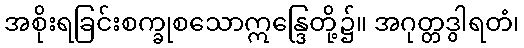
အစိုးရခြင်းစက္ခုစသောဣန္ဒြေတို့၌။ အဂုတ္တဒွါရတံ၊